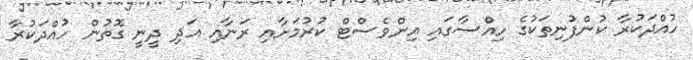
ހުއްދަކުރާ ކުންފުނިތަކުގެ ހިއްސާގައި އިންވެސްޓް ކުރުމަށާއި ރަނާއި އަދި ދީނީ ގޮތުން ހުއްދަކުރާ